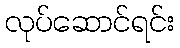
လုပ်ဆောင်ရင်း